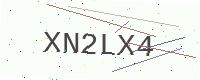
Text: XN2LX4